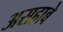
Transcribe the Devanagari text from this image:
असहाबे